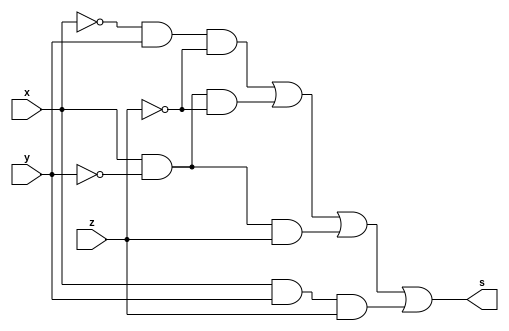
/*
 Guia_0601c.v - v0.0. - 28 / 08 / 2022
 Autor    : Gabriel Vargas Bento de Souza
 Matricula: 778023
 */

/* 
 Soma dos produtos
               ___
f(x, y, z) =  \   m (2, 4, 5, 7)  = SoP(2,4,5,7)
              /___
*/

/**
 SoP(2,4,5,7) = x'.y.z' + x.y'.z' + x.y'.z +x.y.z
 */
module SoP (output s,
            input  x, y, z);
   assign s = (~x &  y & ~z)  // 2
            | ( x & ~y & ~z)  // 4
            | ( x & ~y &  z)  // 6
            | ( x &  y &  z); // 7
endmodule // SoP

/**
 SoP(2,4,5,7)_Simplificado = x.y' + x.z + x'.y.z'
 */
module SoP_simple (output s,
                   input  x, y, z);
   assign s = ( x & ~y     )
            | ( x &       z)
            | (~x &  y & ~z);
endmodule // SoP_simple

/**
  Guia_0601c.v
 */
module Guia_0601c;
   reg  x, y, z;
   wire s1, s2;
   
   // instancias
   SoP        SOP1 (s1, x, y, z);
   SoP_simple SOP2 (s2, x, y, z);
   
   // valores iniciais
   initial begin: start
      x=1'bx; y=1'bx; z=1'bx;
   end

   // parte principal
   initial begin: main
       $display("Gabriel Vargas Bento de Souza - 778023");
       $display("Guia_06");
       $display("\n01.c) SoP (2, 4, 5, 7)\n");

       // monitoramento
       $display(" x  y  z  s1  s2");
       $monitor("%2b %2b %2b %2b %3b", x,  y,  z,  s1, s2);

       // sinalizacao
          x=0; y=0; z=0;
       #1           z=1;
       #1      y=1; z=0;
       #1           z=1;
       #1 x=1; y=0; z=0;
       #1           z=1;
       #1      y=1; z=0;
       #1           z=1;
   end
endmodule // Guia_0601c

/*
C:\Users\Gabriel\Desktop\CC-PUC\2Periodo\ARQ1\Tarefas\Guia06>vvp Guia_0601c.vvp
Gabriel Vargas Bento de Souza - 778023
Guia_06

01.c) SoP (2, 4, 5, 7)

 x  y  z  s1  s2
 0  0  0  0   0
 0  0  1  0   0
 0  1  0  1   1
 0  1  1  0   0
 1  0  0  1   1
 1  0  1  1   1
 1  1  0  0   0
 1  1  1  1   1
*/